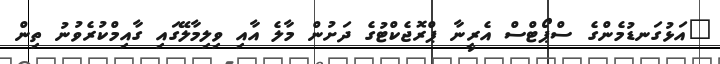
"އަޅުގަނޑުމެންގެ ސްޕޯޓްސް އެރީނާ ޕްރޮޖެކްޓުގެ ދަށުން މާލެ އާއި ވިލިމާލޭގައި ގާއިމްކުރެވުނު ތިން